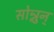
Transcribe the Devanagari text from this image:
सोन्नुन्